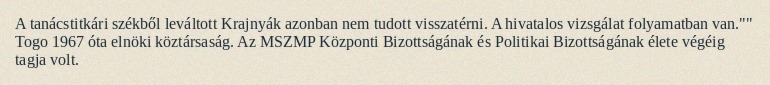
A tanácstitkári székből leváltott Krajnyák azonban nem tudott visszatérni. A hivatalos vizsgálat folyamatban van."" Togo 1967 óta elnöki köztársaság. Az MSZMP Központi Bizottságának és Politikai Bizottságának élete végéig tagja volt.